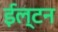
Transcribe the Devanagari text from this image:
ईल्टन